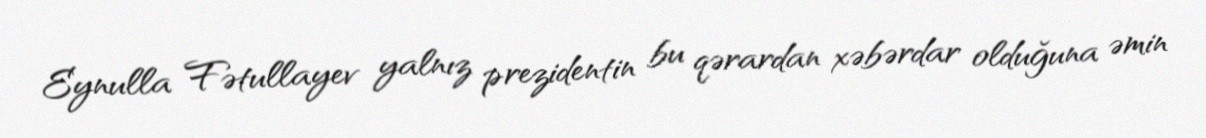
Eynulla Fətullayev yalnız prezidentin bu qərardan xəbərdar olduğuna əmin